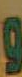
و